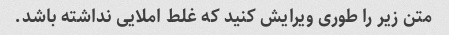
متن زیر را طوری ویرایش کنید که غلط املایی نداشته باشد.